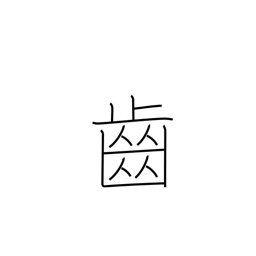
Meaning: cog